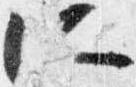
所